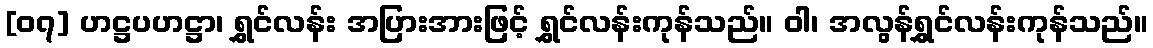
[၀၇] ဟဋ္ဌပဟဋ္ဌာ၊ ရွှင်လန်း အပြားအားဖြင့် ရွှင်လန်းကုန်သည်။ ဝါ၊ အလွန်ရွှင်လန်းကုန်သည်။